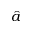
\hat { a }